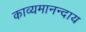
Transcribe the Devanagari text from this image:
काव्यमानन्दाय